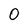
Character: 0